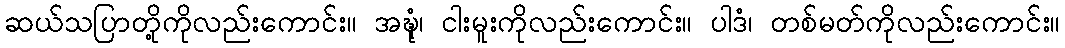
ဆယ်သပြာတို့ကိုလည်းကောင်း။ အဍ္ဎုံ၊ ငါးမူးကိုလည်းကောင်း။ ပါဒံ၊ တစ်မတ်ကိုလည်းကောင်း။